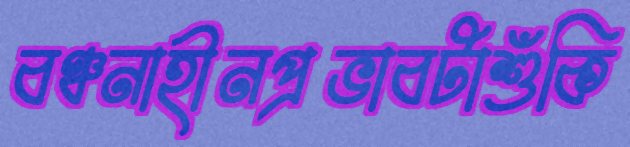
বঞ্চনাহীনপ্রভাবটাশুঁকি